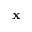
\mathbf { x }